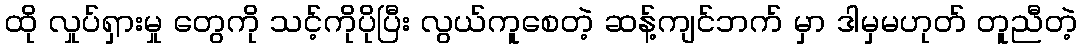
ထို လှုပ်ရှားမှု တွေကို သင့်ကိုပိုပြီး လွယ်ကူစေတဲ့ ဆန့်ကျင်ဘက် မှာ ဒါမှမဟုတ် တူညီတဲ့